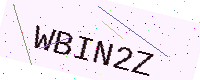
Text: WBIN2Z